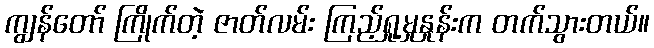
ကျွန်တော် ကြိုက်တဲ့ ဇာတ်လမ်း ကြည့်ရှု့မှုနှုန်းက တက်သွားတယ်။